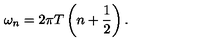
\omega _ { n } = 2 \pi T \left( n + { \frac { 1 } { 2 } } \right) .